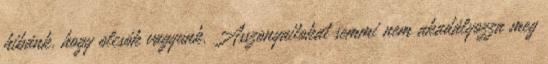
hibánk, hogy olcsók vagyunk. Asszonyaitokat semmi nem akadályozza meg